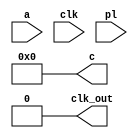
module div(
    input [3:0]a,
    input clk,
    input pl,
    output reg clk_out,
    output reg [3:0]c
);

    reg [3:0]din;
    always @(posedge pl)begin
        din = a;
        
    end
    always @(a)begin
        c = 0;
        clk_out = 0;
    end

    
    always@(clk)begin
        c = c + 1;
        if(din <= c)begin 
            clk_out = ~clk_out;
            c = 0;
        end
    end

endmodule

module tb();

    reg clk;
    reg pl;
    reg [3:0]a = 2;
    wire clk_out;
    wire [3:0]c;
 
    initial begin
        #0 clk = 0;
        repeat(100) begin
            #10 clk = ~clk;
        end
    end
    
    div d(
        .clk(clk),
        .a(a),
        .clk_out(clk_out),
        .c(c),
        .pl(pl)
    );

endmodule